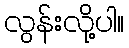
လွန်းလို့ပါ။